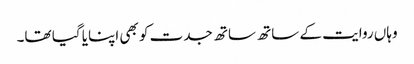
وہاں روایت کے ساتھ ساتھ جدت کو بھی اپنایا گیا تھا۔